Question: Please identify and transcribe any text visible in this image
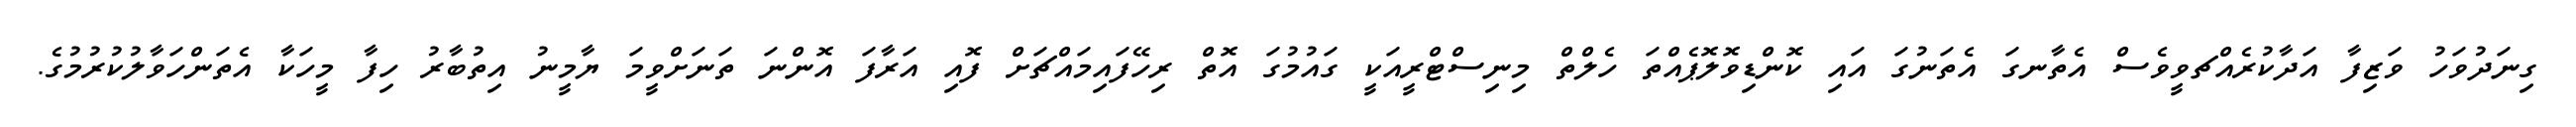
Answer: ގިނަދުވަހު ވަޒިފާ އަދާކުރެއްޗވީވެސް އެތާނގަ އެތަނުގަ އައި ކޮންޑިވޮލޮޕެއްތަ ހެލްތް މިނިސްޓްރީއަކީ ގައުމުގަ އޮތް ރިހޭފައިމައްޗަށް ފޮއި އަރާފަ އޮންނަ ތަނަށްވީމަ ޔާމީނު އިތުބާރު ހިފާ މީހަކާ އެތަންހަވާލުކުރުމުގެ.